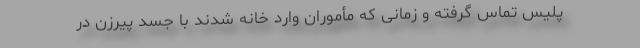
پلیس تماس گرفته و زمانی که مأموران وارد خانه شدند با جسد پیرزن در